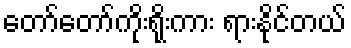
တော်တော်ကိုးရိုးကား ရားနိုင်တယ်